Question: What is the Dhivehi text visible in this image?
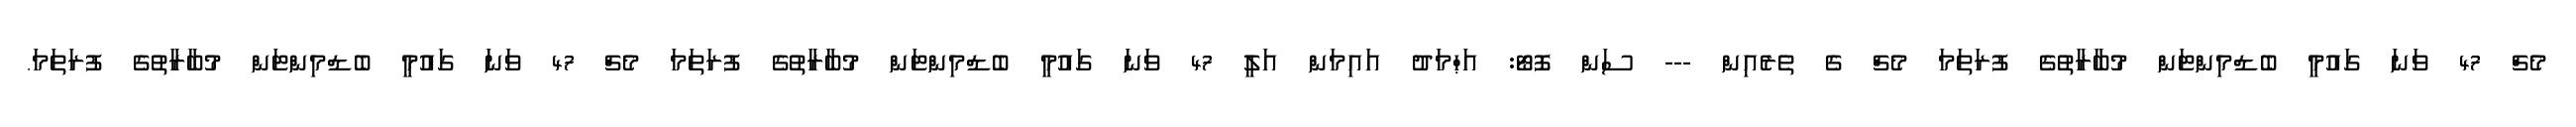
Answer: މެޗް 47 ވަނަ ގައުމީ ބެޑްމިންޓަން މުބާރާތުގެ ފުރަތަމަ މެޗް ގެ ތެރެއިން --- ސަން ފޮޓޯ: އަޙްމަދު އައިމަން އަލީ 47 ވަނަ ގައުމީ ބެޑްމިންޓަން މުބާރާތުގެ ފުރަތަމަ މެޗް 47 ވަނަ ގައުމީ ބެޑްމިންޓަން މުބާރާތުގެ ފުރަތަމަ.